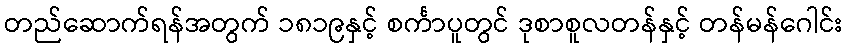
တည်ဆောက်ရန်အတွက် ၁၈၁၉နှင့် စင်္ကာပူတွင် ဒုစာစူလတန်နှင့် တန်မန်ဂေါင်း